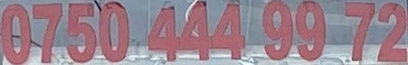
0750 444 99 72